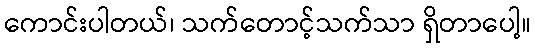
ကောင်းပါတယ်၊ သက်တောင့်သက်သာ ရှိတာပေါ့။